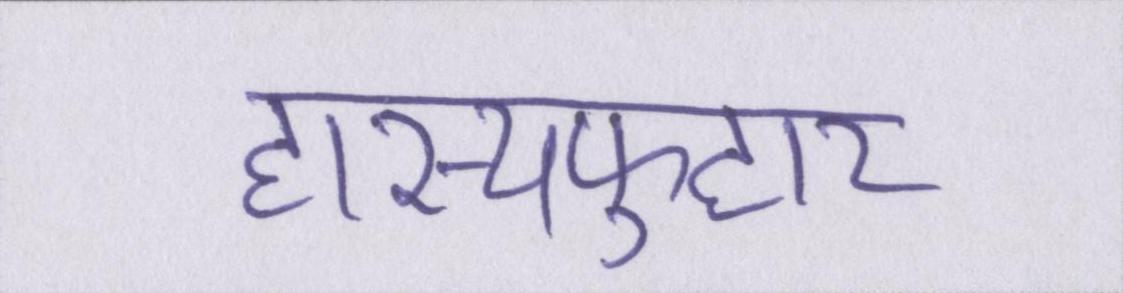
हास्यफुहार